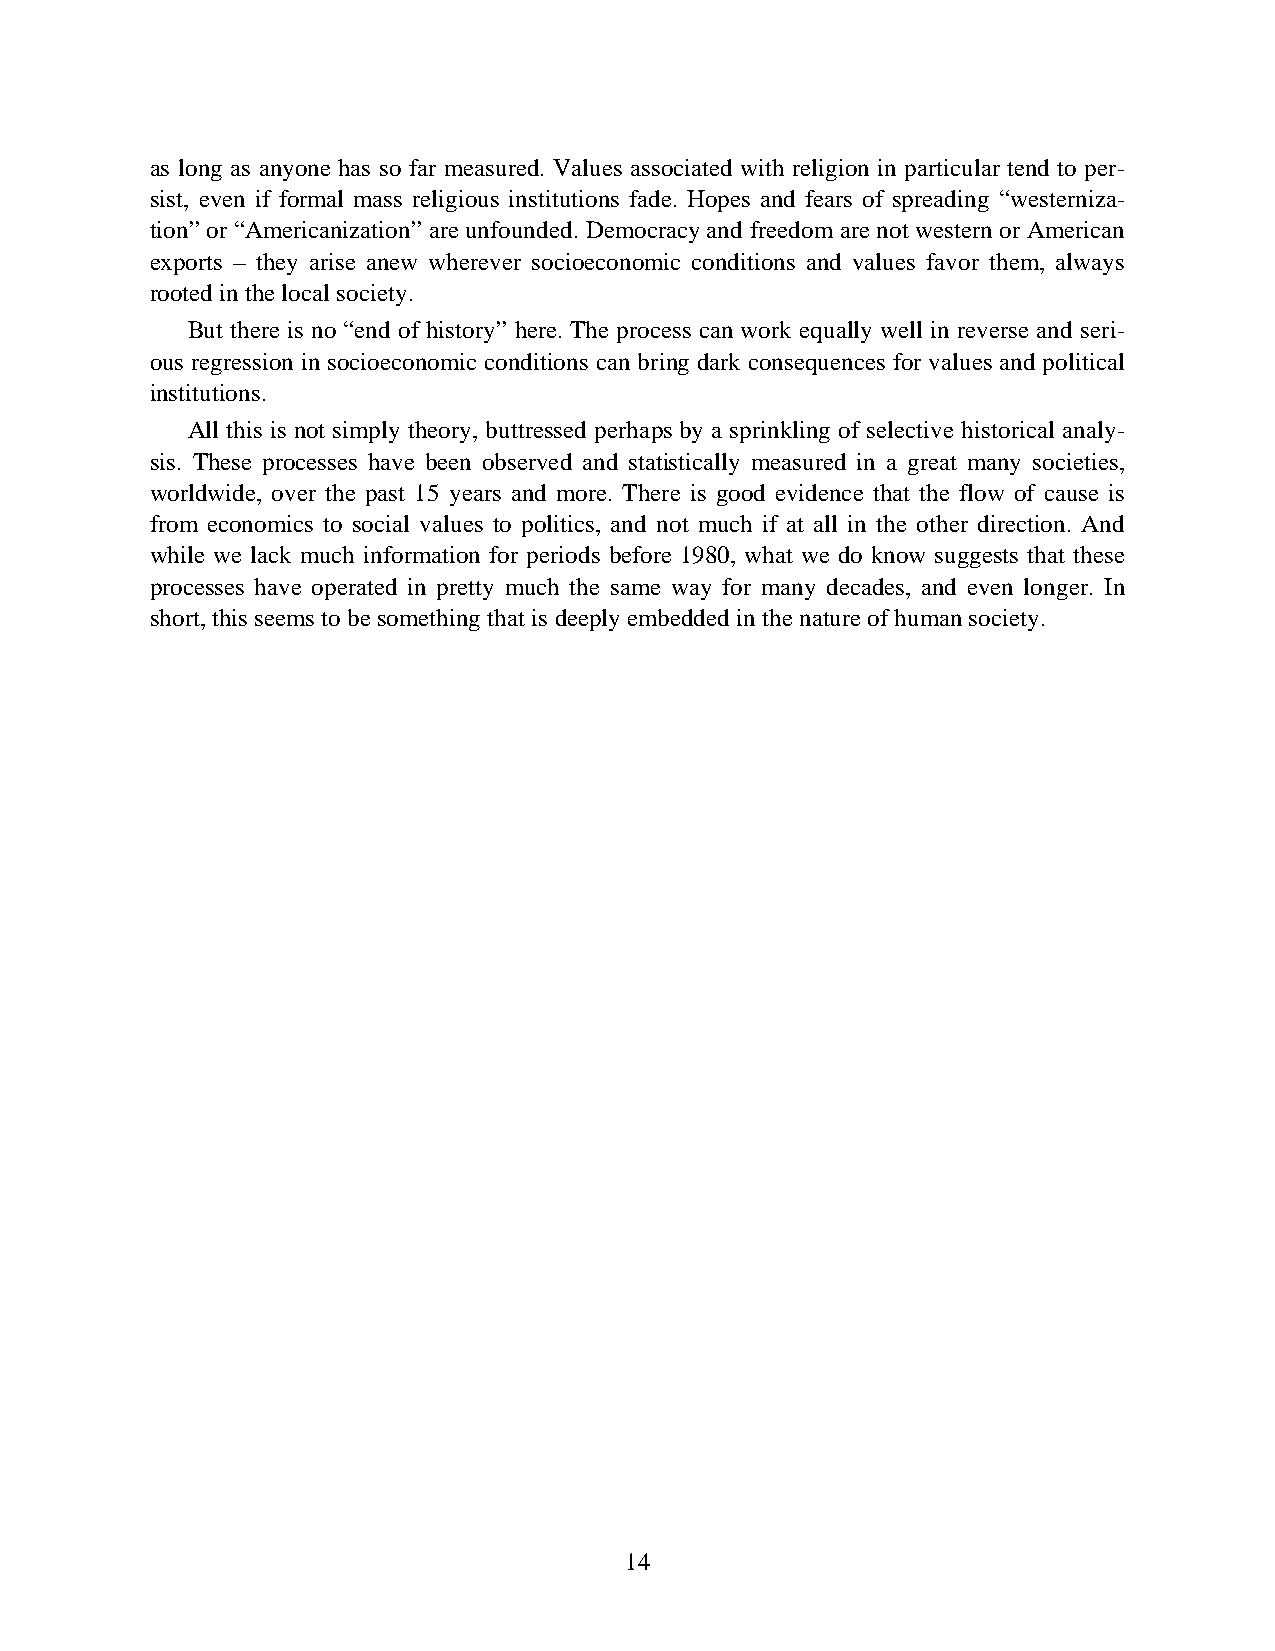
as long as anyone has so far measured. Values associated with religion in particular tend to per-
 sist, even if formal mass religious institutions fade. Hopes and fears of spreading “westerniza-
 tion” or “Americanization” are unfounded. Democracy and freedom are not western or American
 exports – they arise anew wherever socioeconomic conditions and values favor them, always
 rooted in the local society.
 But there is no “end of history” here. The process can work equally well in reverse and seri-
 ous regression in socioeconomic conditions can bring dark consequences for values and political
 institutions.
 All this is not simply theory, buttressed perhaps by a sprinkling of selective historical analy-
 sis. These processes have been observed and statistically measured in a great many societies,
 worldwide, over the past 15 years and more. There is good evidence that the flow of cause is
 from economics to social values to politics, and not much if at all in the other direction. And
 while we lack much information for periods before 1980, what we do know suggests that these
 processes have operated in pretty much the same way for many decades, and even longer. In
 short, this seems to be something that is deeply embedded in the nature of human society.
 14